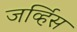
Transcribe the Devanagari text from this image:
जर्व्हिस